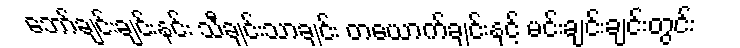
ဘော်ချင်းချင်းနင်း သီချင်းသာချင်း တယောက်ချင်းနှင့် မင်းချင်းချင်းတွင်း